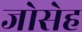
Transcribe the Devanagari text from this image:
जोसेह